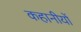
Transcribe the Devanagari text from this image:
कहानीयों